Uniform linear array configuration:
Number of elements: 16
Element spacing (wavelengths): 0.25
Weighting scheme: blackman
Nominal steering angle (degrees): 60
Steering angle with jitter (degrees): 61.059
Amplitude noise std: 0.05
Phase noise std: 0.05

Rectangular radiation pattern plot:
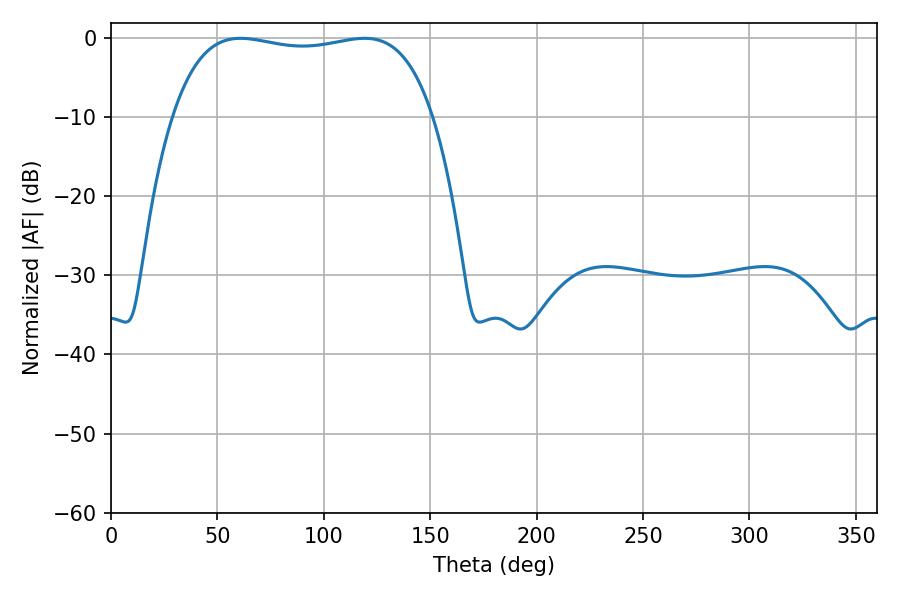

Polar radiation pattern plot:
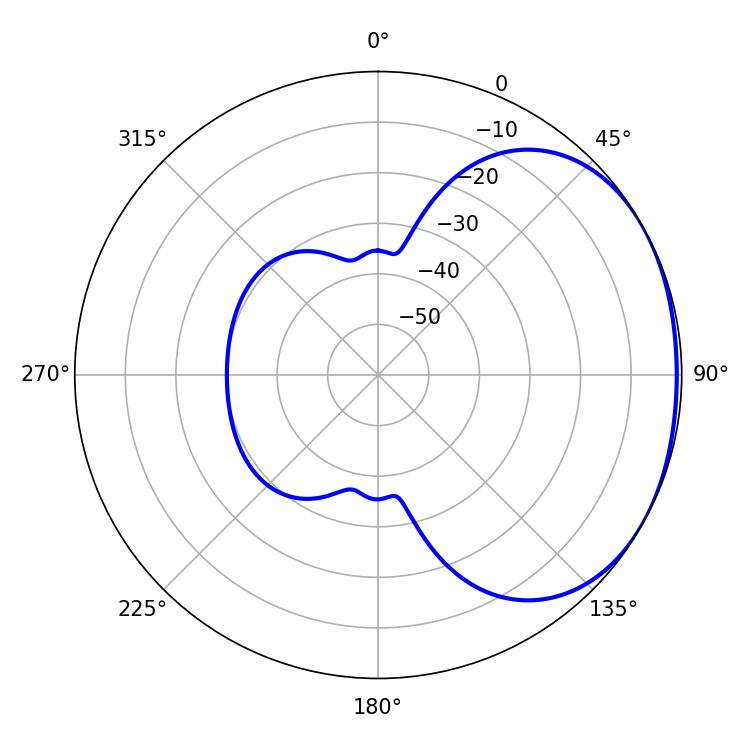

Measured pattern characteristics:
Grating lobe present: FALSE
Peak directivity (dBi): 1.574
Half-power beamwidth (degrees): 98.28
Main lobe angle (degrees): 60.84